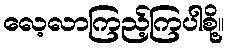
လေ့လာကြည့်ကြပါစို့။